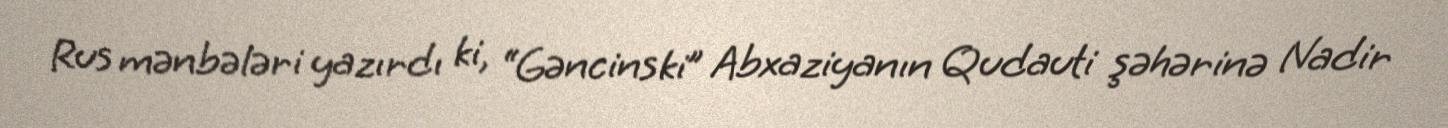
Rus mənbələri yazırdı ki, “Gəncinski” Abxaziyanın Qudauti şəhərinə Nadir